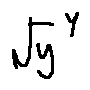
\sqrt { y } ^ { y }